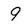
Character: 9